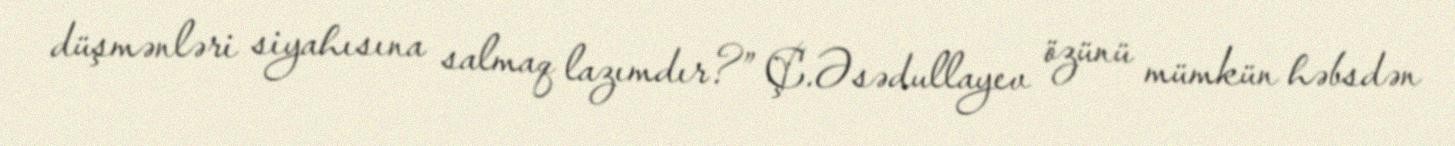
düşmənləri siyahısına salmaq lazımdır?” Ç.Əsədullayev özünü mümkün həbsdən